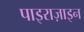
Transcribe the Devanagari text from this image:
पाइराज़ाइन